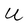
Character: U